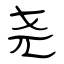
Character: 尧